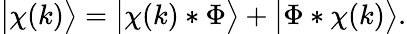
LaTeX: \big|\chi(k)\big\rangle=\big|\chi(k)*\Phi\big\rangle+\big|\Phi*\chi(k)\big\rangle.